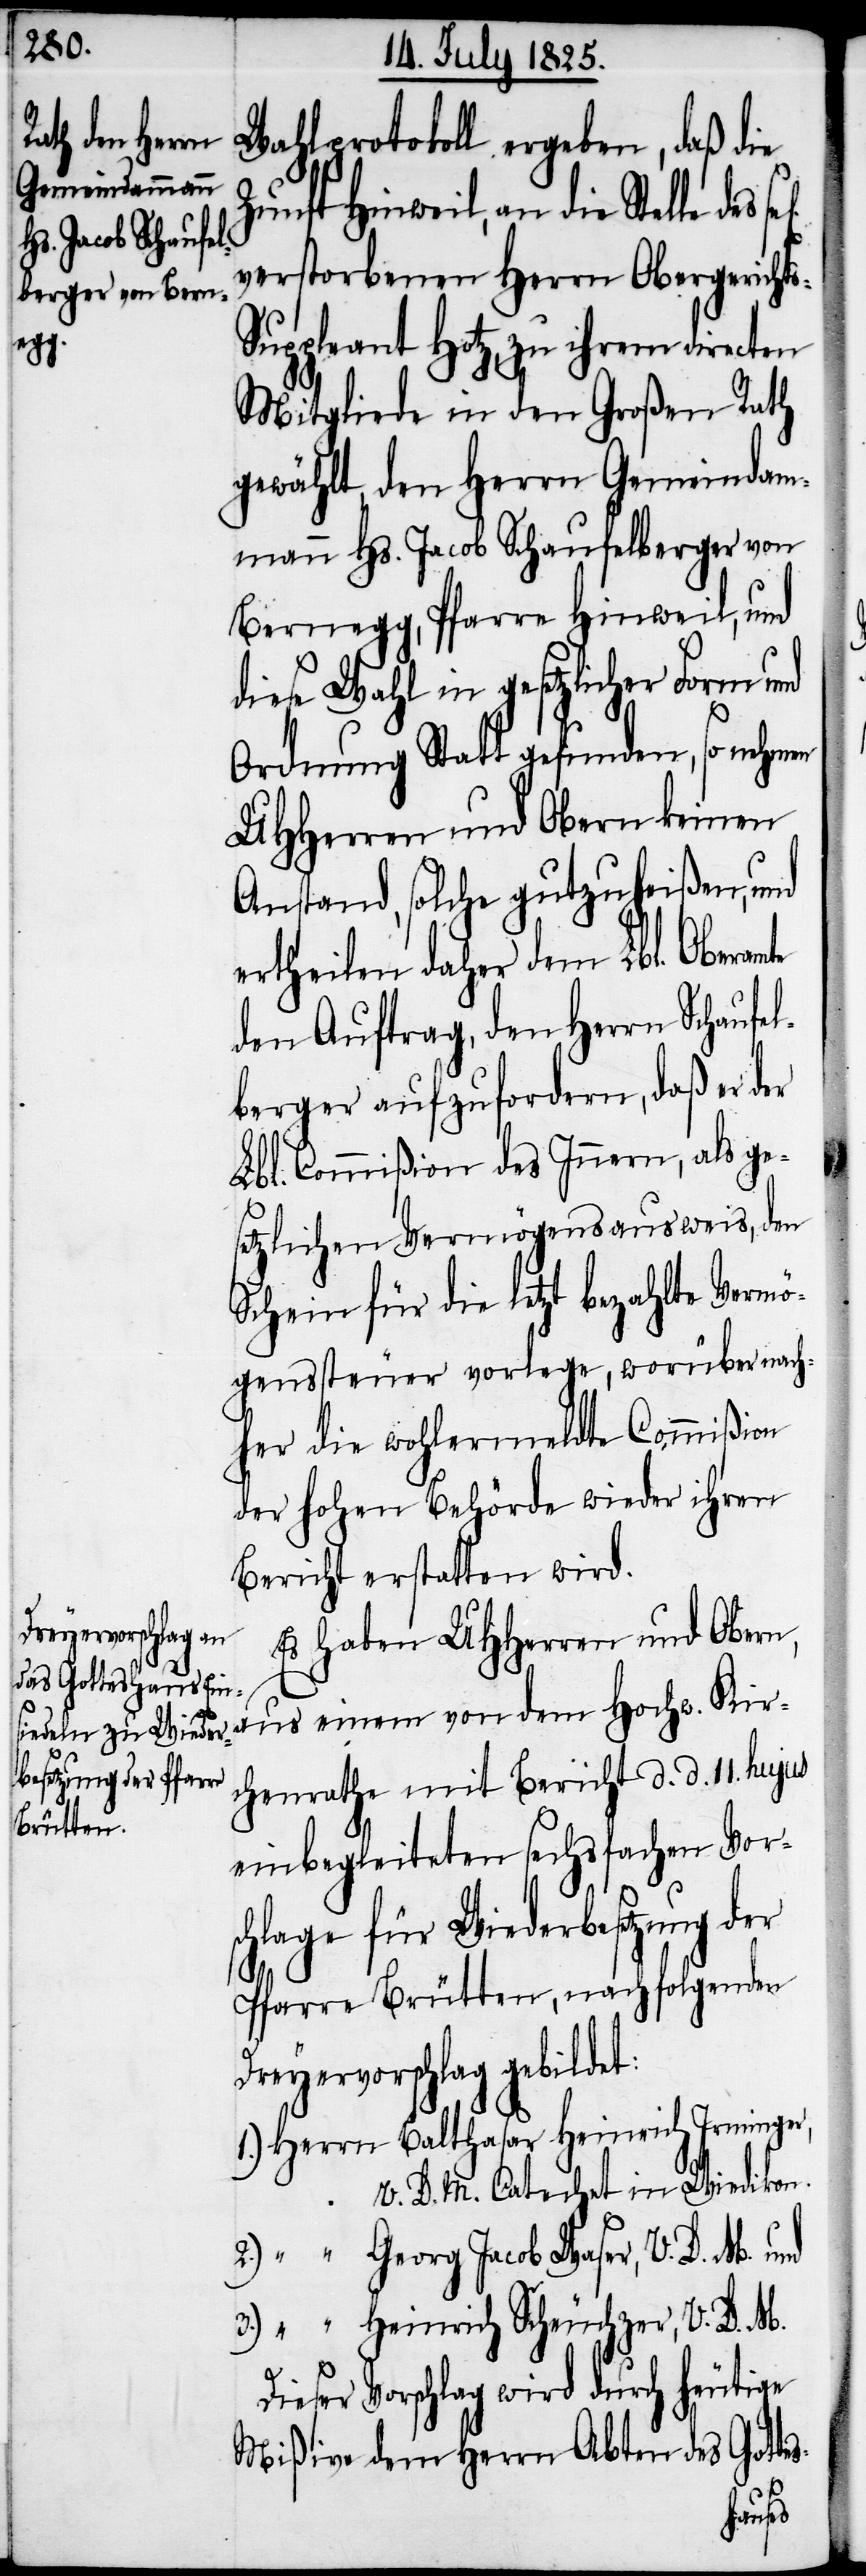
Wahlprotokoll ergeben, daß die
Zunft Hinweil, an die Stelle des
verstorbenen Herrn Obergericht¬
uppleant Hotz, zu ihrem directen
Mitgliede in den Großen Rath
gewählt, den Herrn Gemeindam¬
mann Hs. Jacob Schaufelberger von
Bernegg, Pfarre Hinweil, und
diese Wahl in gesetzlicher Form und
Ordnung Statt gefunden, so nehmen
UHHerren und Obern keinen
Anstand, solche gutzuheißen, und
ertheilen daher dem Lbl. Oberam¬
den Auftrag, den Herrn Schaufel¬
berger aufzufordern, daß er der
Lbl. Commißion des Innern, als ge¬
etzlichen Vermögensausweis, den
Schein für die letzt bezahlte Vermö¬
genssteuer vorlege, worüber nach¬
her die wohlermeldte Commißion
der hohen Behörde wieder ihren
Bericht erstatten wird.
Es haben UHHerren und Obern,
aus einem von dem Hochw. Kir¬
chenrathe mit Bericht d. d. 11. hujus
einbegleiteten sechsfachen Vors¬
chlage für Wiederbesetzung
Pfarre Brütten, nachfolgenden
Dreyervorschlag gebildet:
V. D. M. Catechet in Wiedikon.
Georg Jacob Waser, V. D. M. und
Heinrich Scheuchzer, V. D. M.
Dieser Vorschlag wird durch heutige
Mißive dem Herrn Abten des Gotte¬
s-